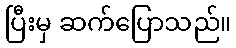
ပြီးမှ ဆက်ပြောသည်။